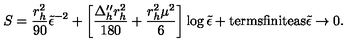
S = \frac { r _ { h } ^ { 2 } } { 9 0 } { \tilde { \epsilon } } ^ { - 2 } + \left[ \frac { \Delta _ { h } ^ { \prime \prime } r _ { h } ^ { 2 } } { 1 8 0 } + \frac { r _ { h } ^ { 2 } \mu ^ { 2 } } { 6 } \right] \log { \tilde { \epsilon } } + { \mathrm { t e r m s f i n i t e a s } } { \tilde { \epsilon } } \rightarrow 0 .